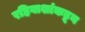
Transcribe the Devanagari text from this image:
रहिवाशांकडून